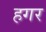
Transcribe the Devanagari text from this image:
हगर